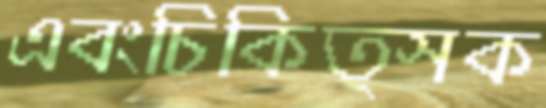
এবংচিকিত্সক